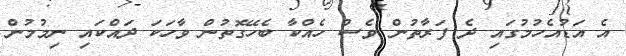
އެ އަޑުއެހުމުގައި ދެ ފަރާތުން ވެސް ހެއްކާ ބެހޭގޮތުން ވާހަކަ ދައްކައި ނިމުމުން